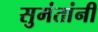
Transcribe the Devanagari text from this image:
सुमंतांनी